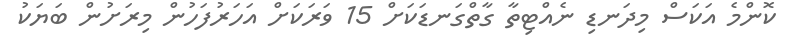
ކޮންމެ އަކަސް މިދަނޑި ނެއްޓިތާ ގާތްގަނޑަކަށް 15 ވަރަކަށް އަހަރުފަހުން މިރަށުން ބަޔަކު